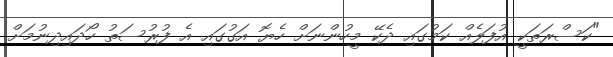
"ކަސްރަތަކީ އުފަލެއް ކަމުގައި ދެކޭ މީހުންނަށް ހެޔޮ އަގުގައި އެ ފުރުސަތު ހޯދައިދިނުމަށް